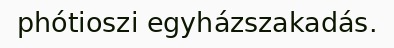
phótioszi egyházszakadás.